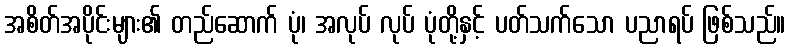
အစိတ်အပိုင်းများ၏ တည်ဆောက် ပုံ၊ အလုပ် လုပ် ပုံတို့နှင့် ပတ်သက်သော ပညာရပ် ဖြစ်သည်။